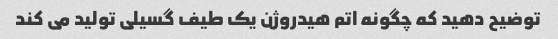
توضیح دهید که چگونه اتم هیدروژن یک طیف گسیلی تولید می کند